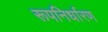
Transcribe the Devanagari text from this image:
रूपनिर्धारण